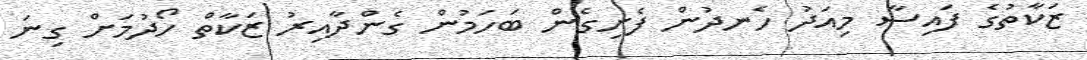
ޒަކާތުގެ ފައިސާ މިއަދު ހެނދުން ފެށިގެން ބަހަމުން ގެންދާއިރު ޒަކާތް ހޯދުމަށް ގިނަ